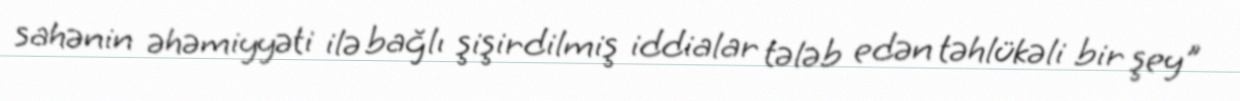
sahənin əhəmiyyəti ilə bağlı şişirdilmiş iddialar tələb edən təhlükəli bir şey"